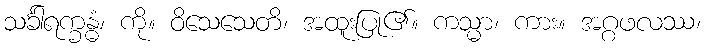
သင်္ခါရက္ခန္ဓံ၊ ကို။ ဝိသေသေတိ၊ အထူးပြု၏။ ကသ္မာ၊ ကား။ အဂ္ဂဖလဿ၊